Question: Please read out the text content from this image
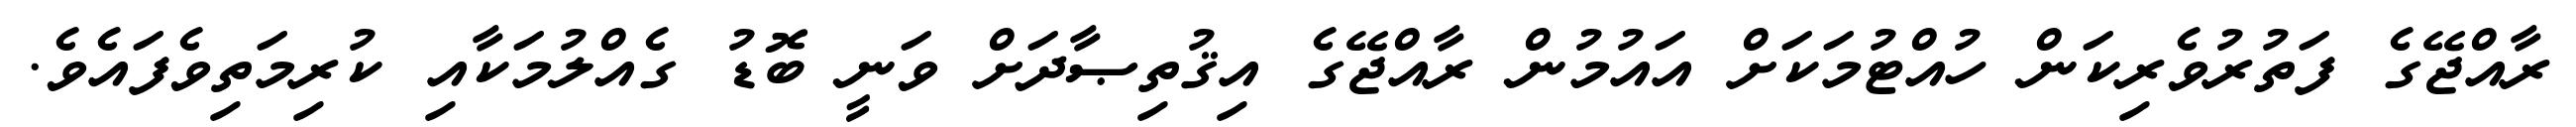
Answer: ރާއްޖޭގެ ފަތުރުވެރިކަން ހުއްޓުމަކަށް އައުމުން ރާއްޖޭގެ އިޤުތިޞާދަށް ވަނީ ބޮޑު ގެއްލުމަކާއި ކުރިމަތިވެފައެވެ.